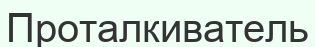
Проталкиватель